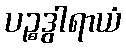
ပဉ္စဒွါရာယံ